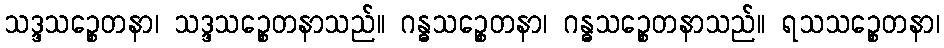
သဒ္ဒသဉ္စေတနာ၊ သဒ္ဒသဉ္စေတနာသည်။ ဂန္ဓသဉ္စေတနာ၊ ဂန္ဓသဉ္စေတနာသည်။ ရသသဉ္စေတနာ၊